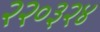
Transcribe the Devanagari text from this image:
२२०३२४